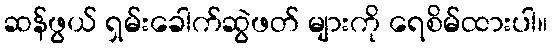
ဆန်ဖွယ် ရှမ်းခေါက်ဆွဲဖတ် များကို ရေစိမ်ထားပါ။